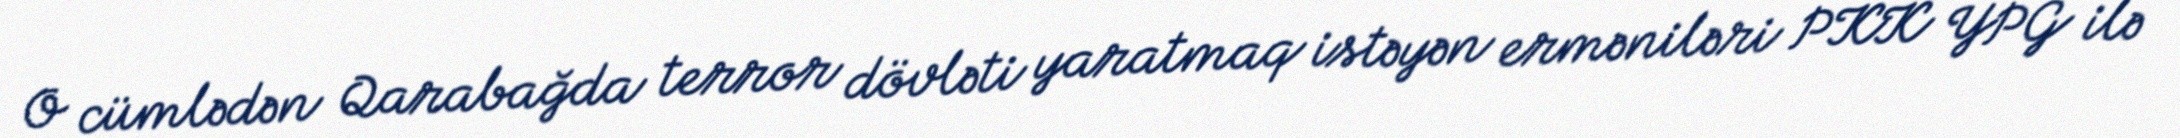
O cümlədən Qarabağda terror dövləti yaratmaq istəyən erməniləri PKK YPG ilə